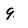
Character: 9